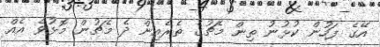
އޭގެ ފަހުން ކުޅުނު ތިން މެޗުގެ ތެރެއިން ދެ މެޗުން މޮޅުވެ އެއް